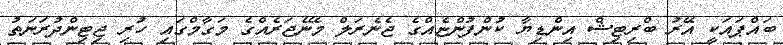
ބައްޕައަކީ އޭރު ބްރިޓިޝް އިންޑިޔާ ކުންފުންޏެއްގެ ޖެނެރަލް މެނޭޖަރެއްގެ މަގާމްގައި ހުރި ޖިޓިންދުރަނަތު